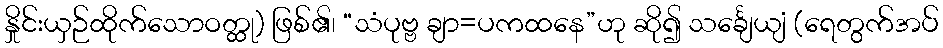
နှိုင်းယှဉ်ထိုက်သောဝတ္ထု) ဖြစ်၏၊ “သံပုဗ္ဗ ချာ=ပကထနေ”ဟု ဆို၍ သင်္ချေယျံ (ရေတွက်အပ်